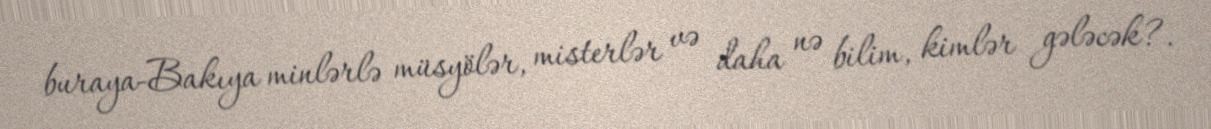
buraya-Bakıya minlərlə müsyölər, misterlər və daha nə bilim, kimlər gələcək?.